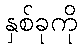
နှစ်ခုကို